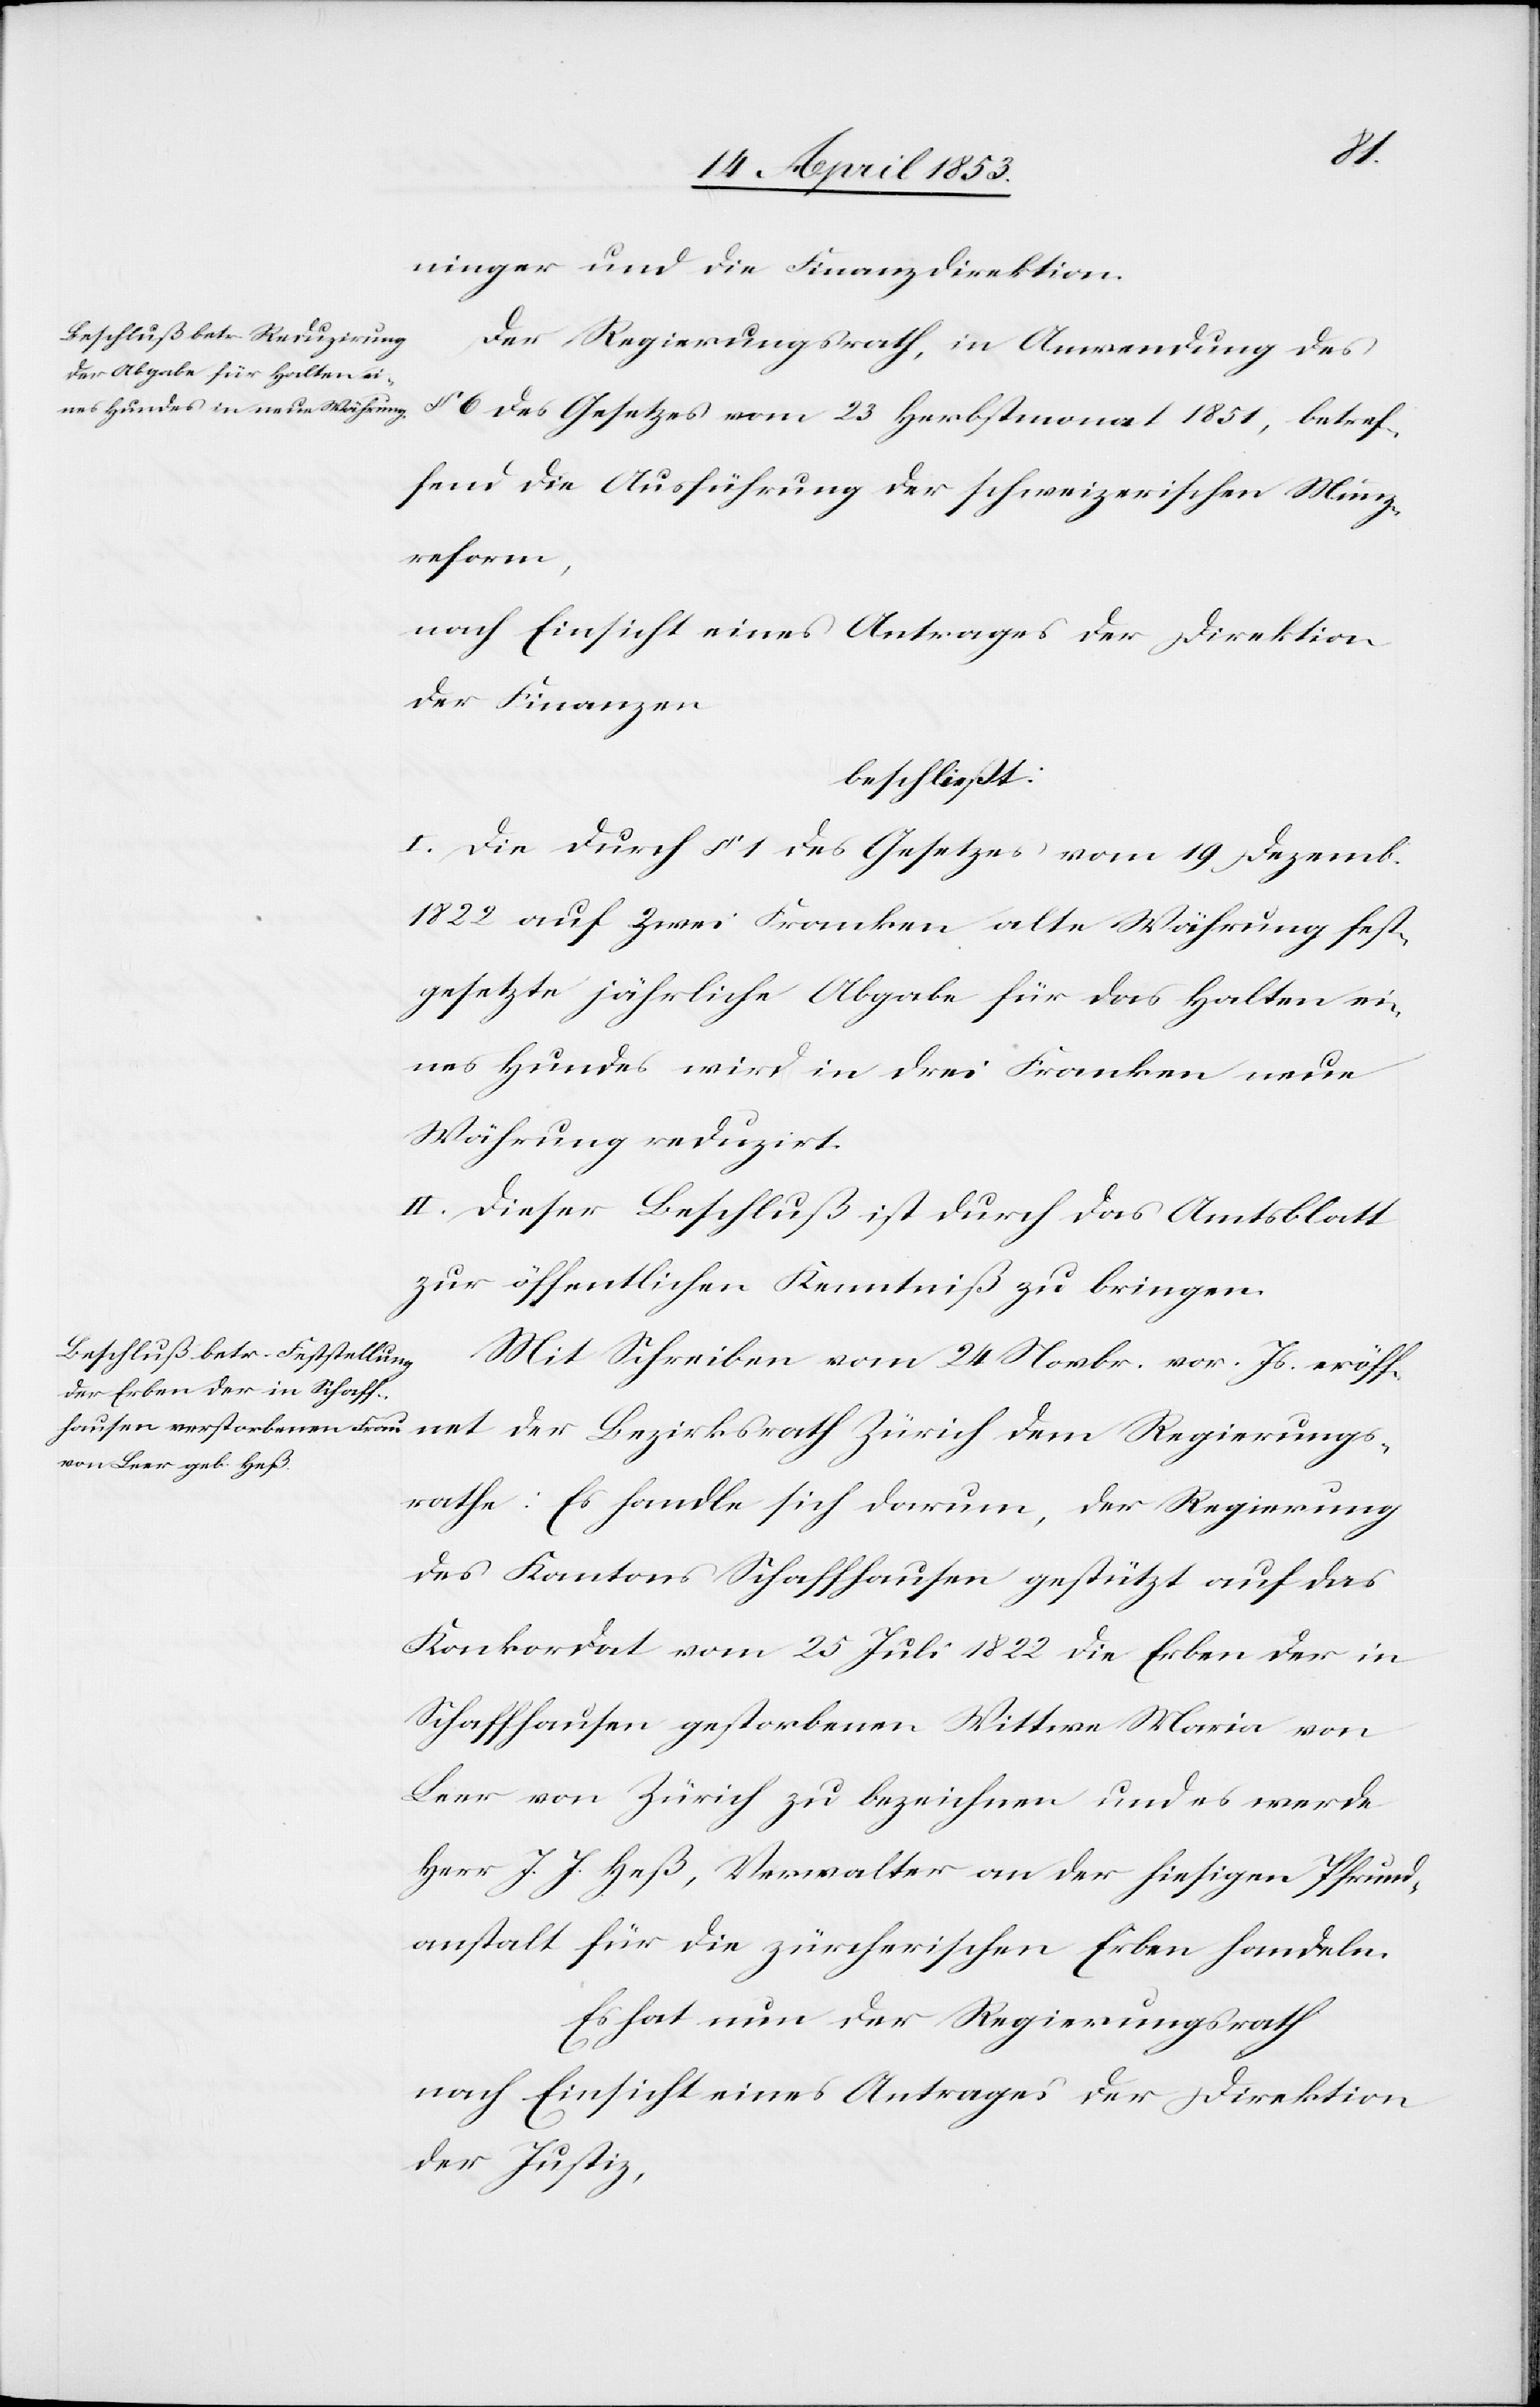
der
ninger und die Finanzdirektion.
Der Regierungrath, in Anwendung des
§ 6 des Gesetzes vom 23 Herbstmonat 1851, betref¬
fend die Ausführung der schweizerischen Münz¬
reform,
nach Einsicht eines Antrages der Direktion
der Finanzen
beschließt:
I. Die durch § 1 des Gesetzes vom 19 Dezember
1822 auf zwei Franken alte Währung fest¬
gesetzte jährliche Abgabe für das Halten ei¬
nes Hundes wird in drei Franken neue
Währung reduzirt.
II. Dieser Beschluß ist durch das Amtsblatt
zur öffentlichen Kenntniß zu bringen.
Mit Schreiben vom 24 Novbr. vor. Js. eröffnet
des Kantons Schaffhausen gestützt auf das
Konkordat vom 25 Juli 1822 die Erben der in
Schaffhausen gestorbenen Wittwe Maria von
Beer von Zürich zu bezeichnen und es werde
Herr J. J. Heß, Verwalter an der hiesigen Pfrund¬
anstalt für die zürcherischen Erben handeln.
Es hat nun der Regierungsrath
nach Einsicht eines Antrages der Direktion
der Justiz,